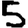
Digit: 5